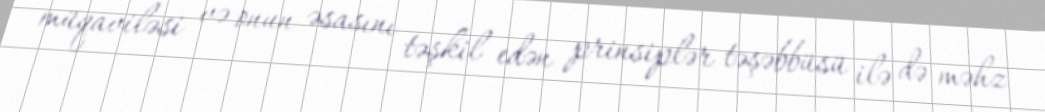
müqaviləsi və onun əsasını təşkil edən prinsiplər təşəbbüsü ilə də məhz